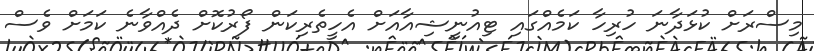
މިސްރަށް ކުޅަދާނަ ހުރިހާ ކަމެއްގައި ޓިއުނީޝިއާއަށް އެހީތެރިކަން ފޯރުކޮށް ދެއްވާނެ ކަމަށް ވެސް